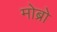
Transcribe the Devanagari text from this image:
मोब्रो